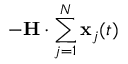
- \mathbf { H } \cdot \sum _ { j = 1 } ^ { N } \mathbf { x } _ { j } ( t )